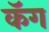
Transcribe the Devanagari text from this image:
कॅग